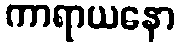
ကာရာယနော